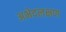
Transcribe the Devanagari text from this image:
अभेदलक्षण